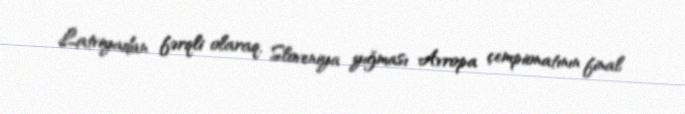
Latviyadan fərqli olaraq, Sloveniya yığması Avropa çempionatının final